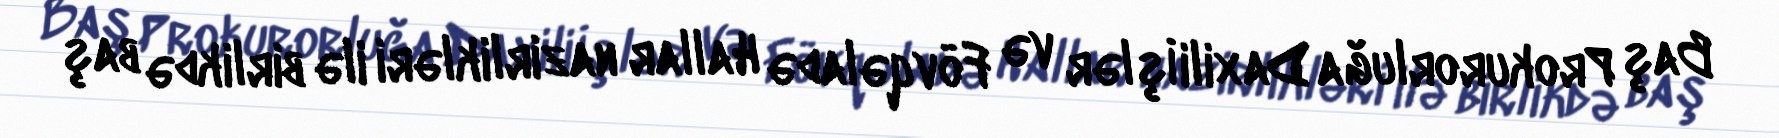
Baş Prokurorluğa Daxili İşlər və Fövqəladə Hallar nazirlikləri ilə birlikdə baş